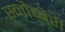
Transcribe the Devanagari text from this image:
स्नोब्बेरी